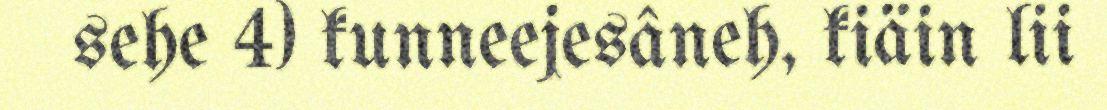
sehe 4) kunneejesâneh, kiäin lii